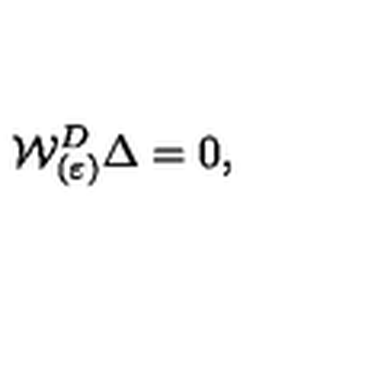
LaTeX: { \cal W } _ { ( \varepsilon ) } ^ { D } \Delta = 0 ,